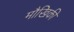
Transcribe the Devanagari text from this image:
मौखिकी